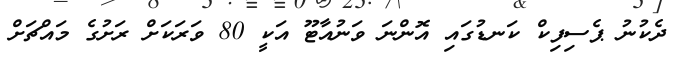
ދެކުނު ޕެސިފިކް ކަނޑުގައި އޮންނަ ވަނުއާޓޫ އަކީ 80 ވަރަކަށް ރަށުގެ މައްޗަށް